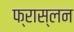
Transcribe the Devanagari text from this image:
फ्रास्लन